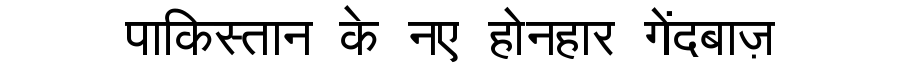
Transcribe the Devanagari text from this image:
पाकिस्तान के नए होनहार गेंदबाज़